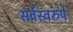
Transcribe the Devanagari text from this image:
सर्वस्वरुपे